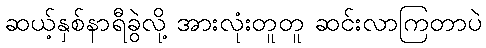
ဆယ့်နှစ်နာရီခွဲလို့ အားလုံးတူတူ ဆင်းလာကြတာပဲ